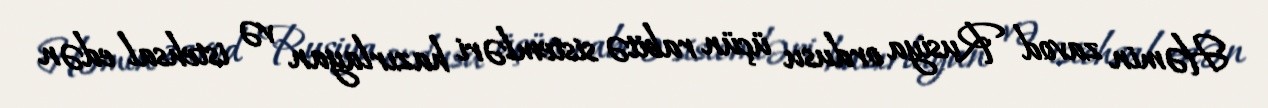
Həmin zavod Rusiya ordusu üçün rabitə sistemləri hazırlayan və istehsal edən